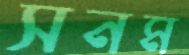
সনম